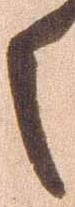
之